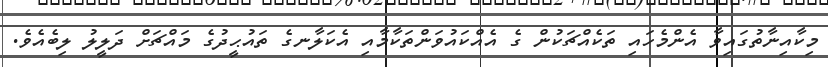
މިކާއިނާތުގައިވާ އެންމެހައި ތަކެއްޗަކުން ގެ އެއްކައުވަންތަކާމާއި އެކަލާނގެ ތައުޙީދުގެ މައްޗަށް ދަލީލު ލިބެއެވެ.